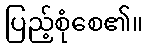
ပြည့်စုံစေ၏။